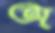
অ্